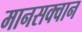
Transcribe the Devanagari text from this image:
मानसक्वान